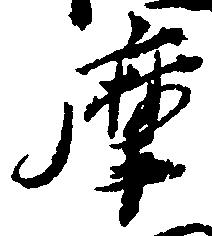
摩